Indian journal of veterinary science and animal husbandry - Volumes 18-21, 1948-1951
Year: 1948
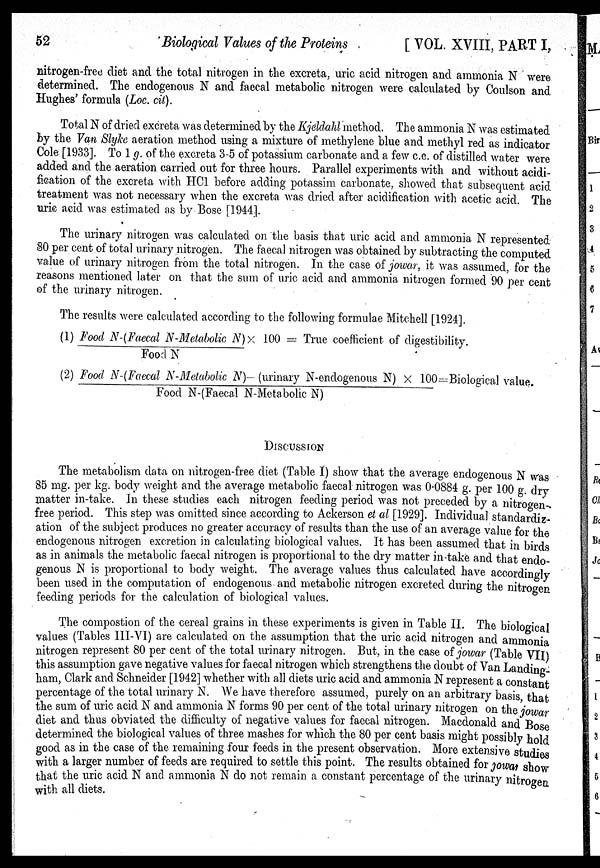
52
Biological Values of the Proteins
[
VOL. XVIII, PART I,
nitrogen-free diet and the total nitrogen in the excreta, uric acid nitrogen and ammonia N were
determined. The endogenous N and faecal metabolic nitrogen were calculated by Coulson and
Hughes' formula (Loc. cil).
Total N of dried excreta was determined by the Kjeldahl method. The ammonia N was estimated
by the Van Slyke aeration method using a mixture of methylene blue and methyl red as indicator
Cole [1933]. To 1 g. of the excreta 3-5 of potassium carbonate and a few c.c. of distilled water were
added and the aeration carried out for three hours. Parallel experiments with and without acidi-
fication of the excreta with HCl before adding potassim carbonate, showed that subsequent acid
treatment was not necessary when the excreta was dried after acidification with acetic acid. The
uric acid was estimated as by Bose [1944].
The urinary nitrogen was calculated on the basis that uric acid and ammonia N represented
80 per cent of total urinary nitrogen. The faecal nitrogen was obtained by subtracting the computed
value of urinary nitrogen from the total nitrogen. In the case of jowar, it was assumed, for the
reasons mentioned later on that the sum of uric acid and ammonia nitrogen formed 90 per cent
of the urinary nitrogen.
The results were calculated according to the following formulae Mitchell [1924].
(1) Food N-(Faecal N-Metabolic N) / Food N × 100 = True coefficient of digestibility.
(2) Food N-(Faecal N-Metabolic N)- (urinary N-endogenous N) × 100/Food N-(Faecal N-Met abol i c N) =Bi ol ogi cal value.
DISCUSSION
The metabolism data on nitrogen-free diet (Table I) show that the average endogenous N was
85 mg. per kg. body weight and the average metabolic faecal nitrogen was 0.0884 g. per 100 g. dry
matter in-take. In these studies each nitrogen feeding period was not preceded by a nitrogen-
free period. This step was omitted since according to Ackerson et al [1929]. Individual standardiz-
ation of the subject produces no greater accuracy of results than the use of an average value for the
endogenous nitrogen excretion in calculating biological values. It has been assumed that in birds
as in animals the metabolic faecal nitrogen is proportional to the dry matter in-take and that endo-
genous N is proportional to body weight. The average values thus calculated have accordingly
been used in the computation of endogenous and metabolic nitrogen excreted during the nitrogen
feeding periods for the calculation of biological values.
The compostion of the cereal grains in these experiments is given in Table II. The biological
values (Tables III-VI) are calculated on the assumption that the uric acid nitrogen and ammonia
nitrogen represent 80 per cent of the total urinary nitrogen. But, in the case of jowar (Table VII)
this assumption gave negative values for faecal nitrogen which strengthens the doubt of Van Landing-
ham, Clark and Schneider [1942] whether with all diets uric acid and ammonia N represent a constant
percentage of the total urinary N. We have therefore assumed, purely on an arbitrary basis, that
the sum of uric acid N and ammonia N forms 90 per cent of the total urinary nitrogen on the jowar
diet and thus obviated the difficulty of negative values for faecal nitrogen. Macdonald and Bose
determined the biological values of three mashes for which the 80 per cent basis might possibly hold
good as in the case of the remaining four feeds in the present observation, More extensive studies
with a larger number of feeds are required to settle this point. The results obtained for jowar show
that the uric acid N and ammonia N do not remain a constant percentage of the urinary nitrogen
with all diets.